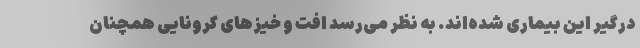
درگیر این بیماری شده‌اند. به نظر می‌رسد افت و خیزهای کرونایی همچنان